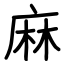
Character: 麻